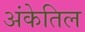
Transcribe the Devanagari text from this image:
अंकेतिल